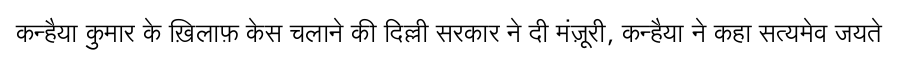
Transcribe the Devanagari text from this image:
कन्हैया कुमार के ख़िलाफ़ केस चलाने की दिल्ली सरकार ने दी मंज़ूरी, कन्हैया ने कहा सत्यमेव जयते